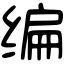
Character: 编